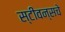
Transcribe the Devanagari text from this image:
स्टीवन्सचे